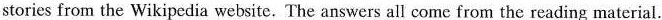
stories from the Wikipedia website. The answers all come from the reading material.